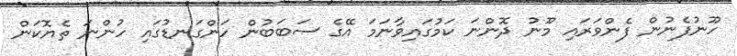
ހޫނުފެނުން ފެންވަރައި މޫނު ދޮންނަ ކަމުގައިވާނަަމަ އޭގެ ސަބަބުން ހަންގަނޑުގައި ހުންނަ ތެޔޮކަން